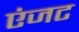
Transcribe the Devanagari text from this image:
एंजट